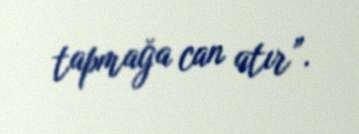
tapmağa can atır”.